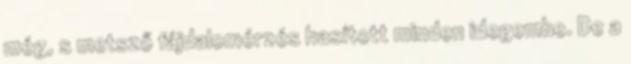
még, s metsző fájdalomérzés hasított minden idegembe. De a